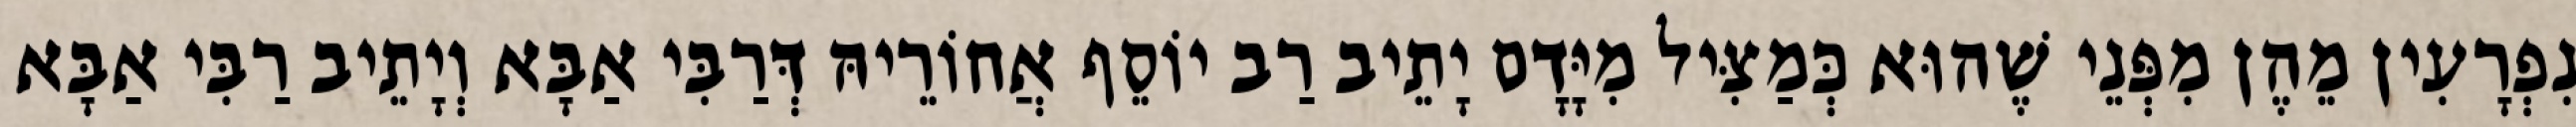
נִפְרָעִין מֵהֶן מִפְּנֵי שֶׁהוּא כְּמַצִּיל מִיָּדָם יָתֵיב רַב יוֹסֵף אֲחוֹרֵיהּ דְּרַבִּי אַבָּא וְיָתֵיב רַבִּי אַבָּא